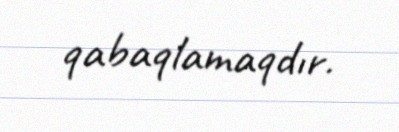
qabaqlamaqdır.